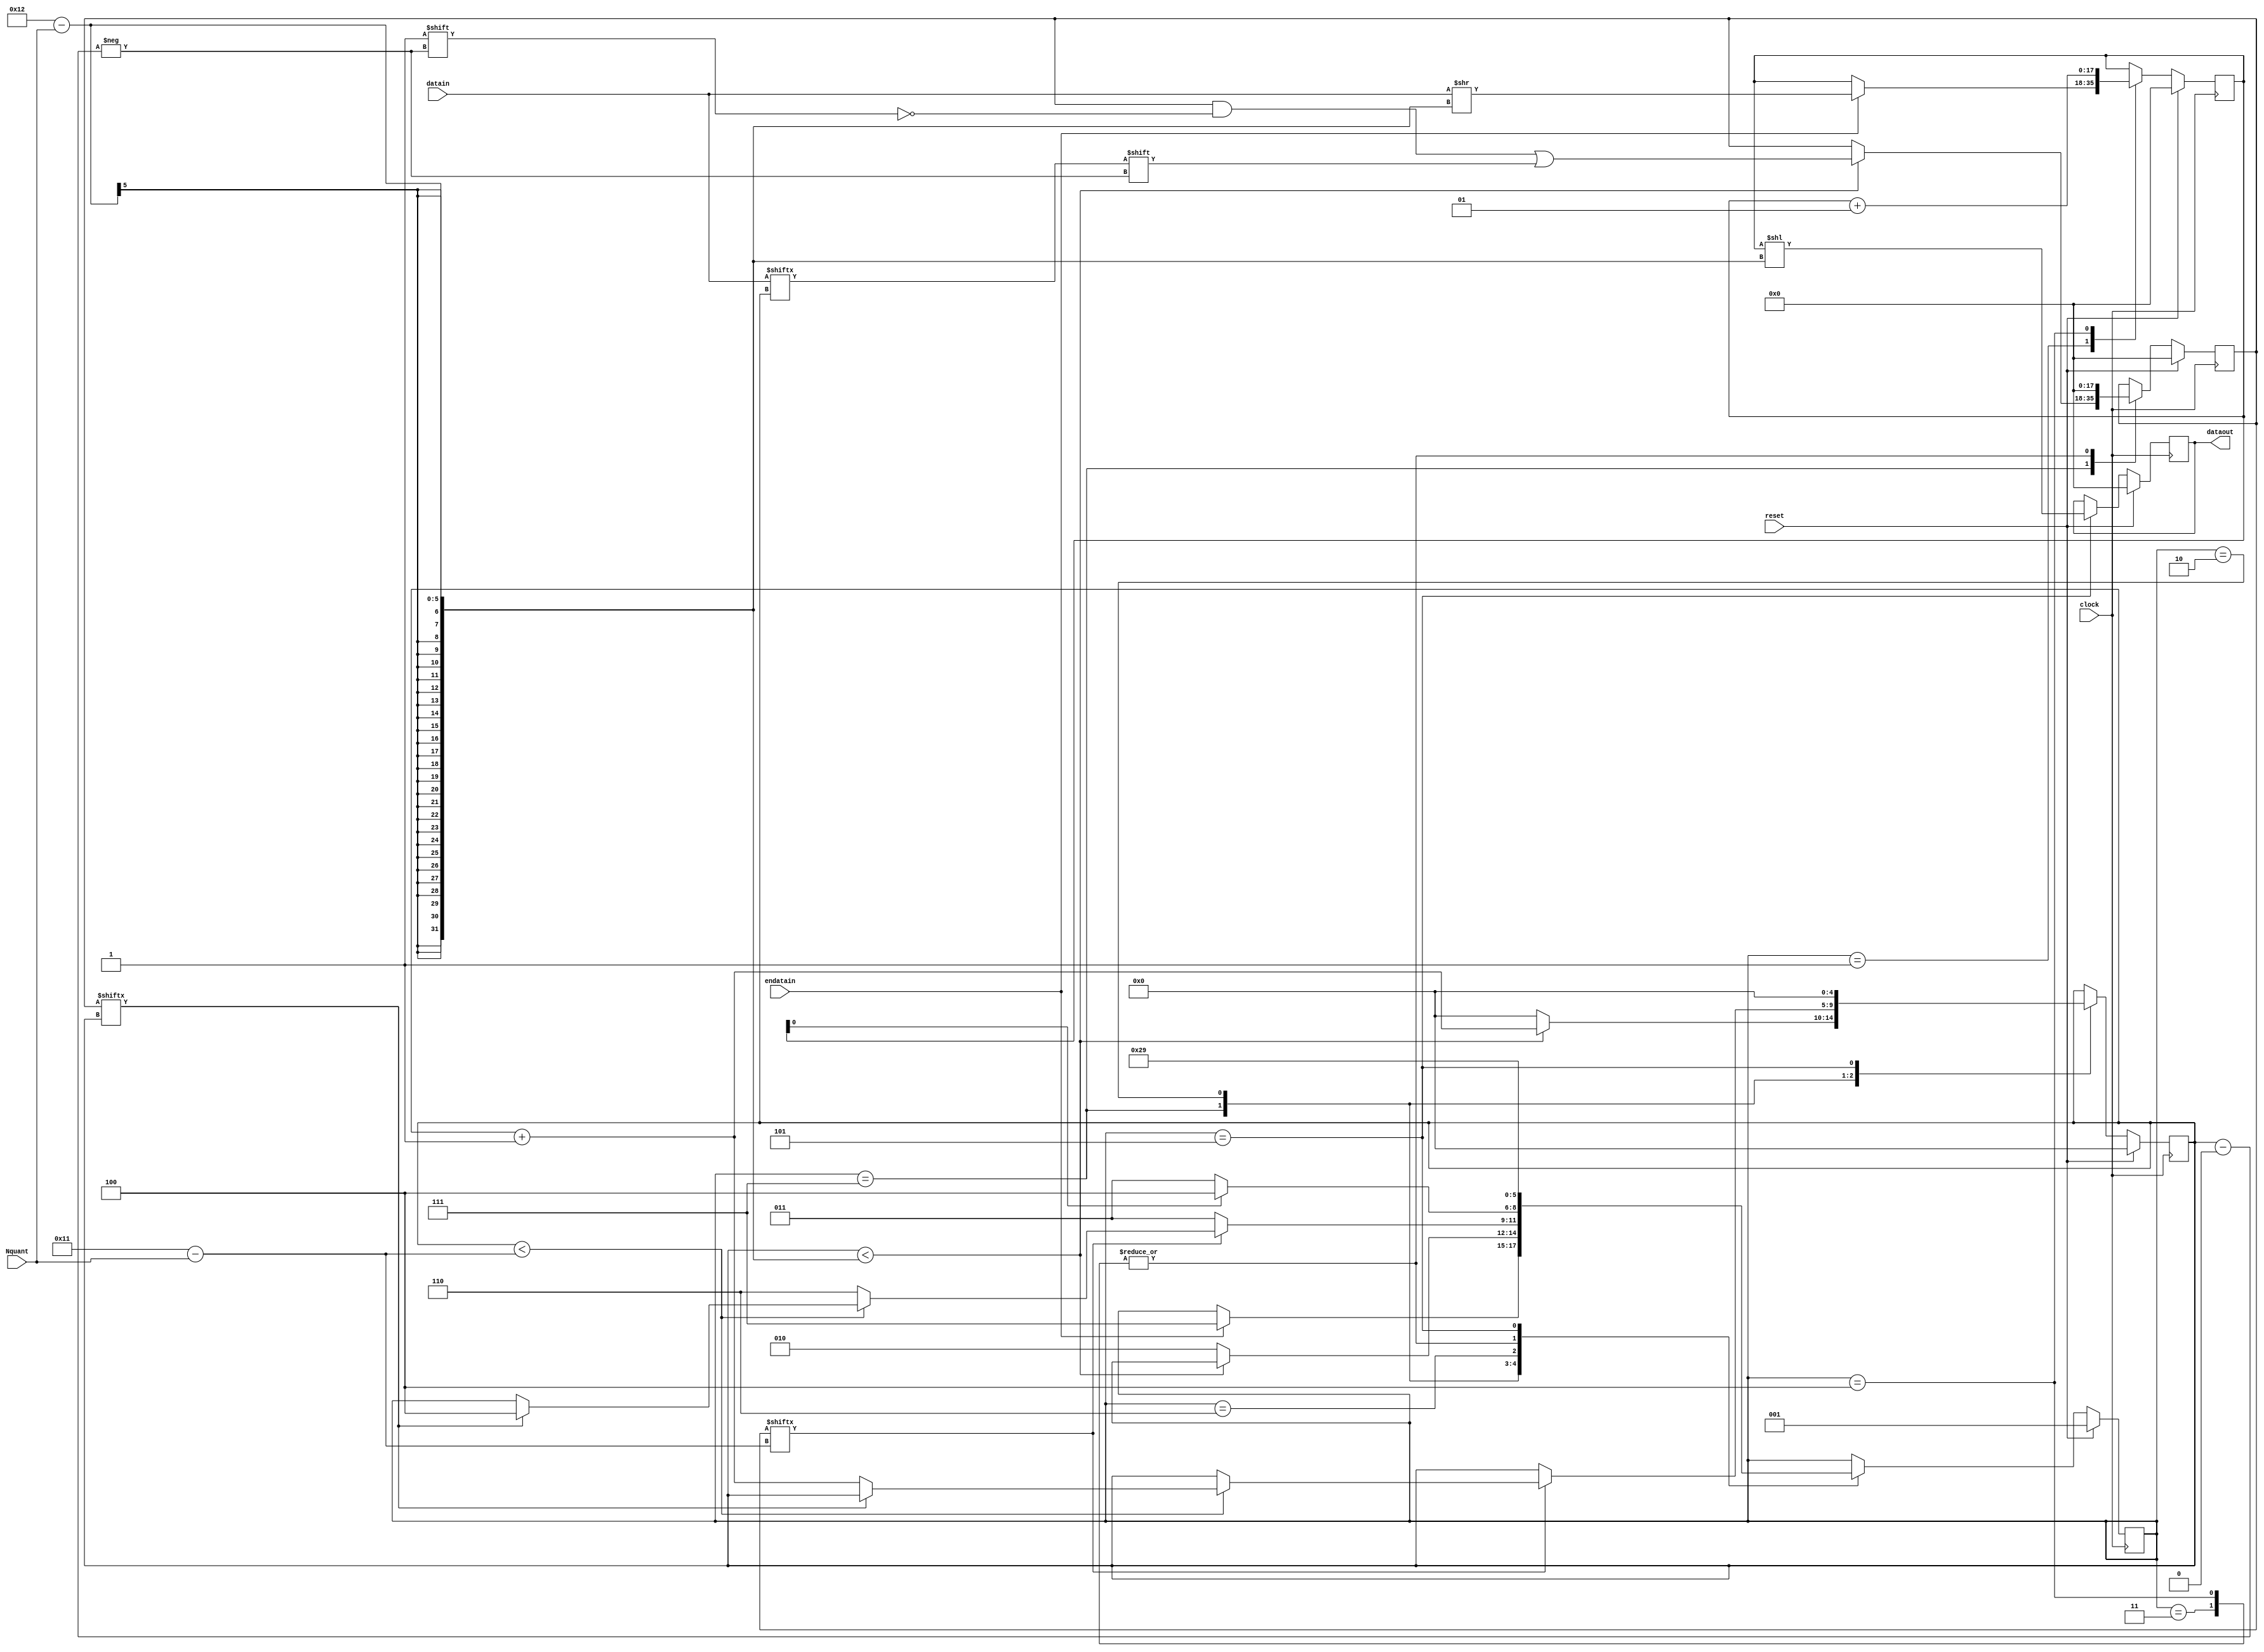
module requantize(
 input clock, // Master clock
 input reset, // master reset, synchronous, active high
 input [4:0] Nquant, // No. of output quantization bits
 input [17:0] datain, // input data
 input endatain, // input data clock enable
 output [17:0] dataout // output data
 );


reg signed [17:0] int_reg, temp_reg;
reg[17:0] frac_reg;
reg[4:0] counter;
reg[2:0] state;
localparam S1=3'b001, S2=3'b010, S3=3'b011, S4=3'b100, S5=3'b101, S6=3'b110, S7=3'b111;
localparam [4:0] reg_size=17;
integer i;

always@(posedge clock)begin
  if(reset)begin
    temp_reg<=0;
    int_reg<=0;
    frac_reg<=0;
    state<=S1;
      counter<=0;
  end
  else begin
  case(state)
    S1:begin //Armazenar parte inteira
      if(endatain)begin
        int_reg<=datain >> 18-Nquant;
        state<=S7;
      end
  end
  S7:begin //Armazenar parte fraccionria
    if(counter<18-Nquant)begin
      frac_reg[counter]<=datain[counter];
      counter<=counter+1;
    end
    else begin
      counter<=0;
      state<=S2;
    end
  end
  S2:begin
    if(frac_reg[reg_size-Nquant]==0)begin
        state<=S3;
    end
    else begin
      if(counter<reg_size-Nquant)begin
        if(frac_reg[counter]==1)begin
          state<=S4;
        end
        else begin
        counter<=counter+1;
        end
      end
      else begin
        state<=S6;
      end
    end
  end

S6:begin
    if(int_reg[0]==0)begin
      state<=S3;
    end
    else begin
      state<=S4;
    end
  end

S3:begin //rounding down
  frac_reg[17:0]<=0;
  state<=S5;
end
S4:begin //rounding up
  frac_reg[17:0]<=0;
  int_reg<=int_reg+1;
  state<=S5;
end
S5:begin
  counter<=0;
  temp_reg<=int_reg << 18-Nquant;
  state<=S1;
end
endcase
end
end


assign dataout=temp_reg;

endmodule